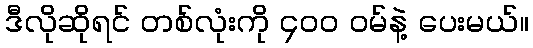
ဒီလိုဆိုရင် တစ်လုံးကို ၄၀၀ ဝမ်နဲ့ ပေးမယ်။